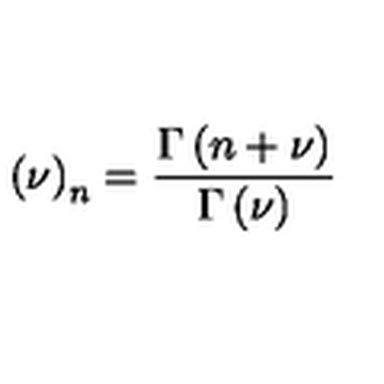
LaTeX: \left( \nu \right) _ { n } = \frac { \Gamma \left( n + \nu \right) } { \Gamma \left( \nu \right) } \,